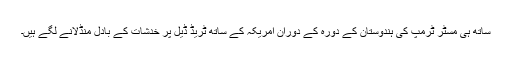
ساتھ ہی مسٹر ٹرمپ کی ہندوستان کے دورہ کے دوران امریکہ کے ساتھ ٹریڈ ڈیل پر خدشات کے بادل منڈلانے لگے ہیں۔